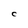
Character: C